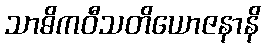
သာဓိကဝီသတိယောဇနာနိ